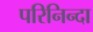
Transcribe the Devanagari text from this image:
परिनिन्दा